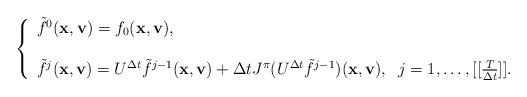
LaTeX: \begin{align*} \left\{\begin{array}{l} \tilde{f}^{0}(\mathbf{x},\mathbf{v})= f_{0}(\mathbf{x},\mathbf{v}), \\\\ \tilde{f}^{j}(\mathbf{x},\mathbf{v})=U^{\Delta t}\tilde{f}^{j-1}(\mathbf{x}, \mathbf{v}) +\Delta t J^{\pi}(U^{\Delta t}\tilde{f}^{j-1})(\mathbf{x}, \mathbf{v}),\;\; j=1,\ldots,[[\frac{T}{\Delta t}]].\end{array} \right. \end{align*}